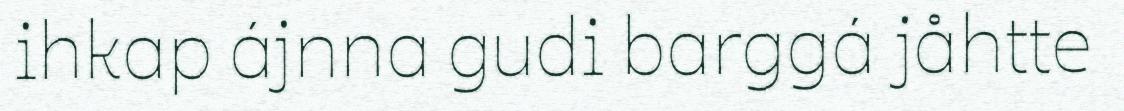
ihkap ájnna gudi barggá jåhtte